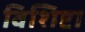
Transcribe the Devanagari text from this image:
विशिष्टा